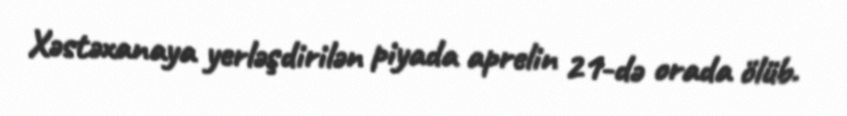
Xəstəxanaya yerləşdirilən piyada aprelin 21-də orada ölüb.